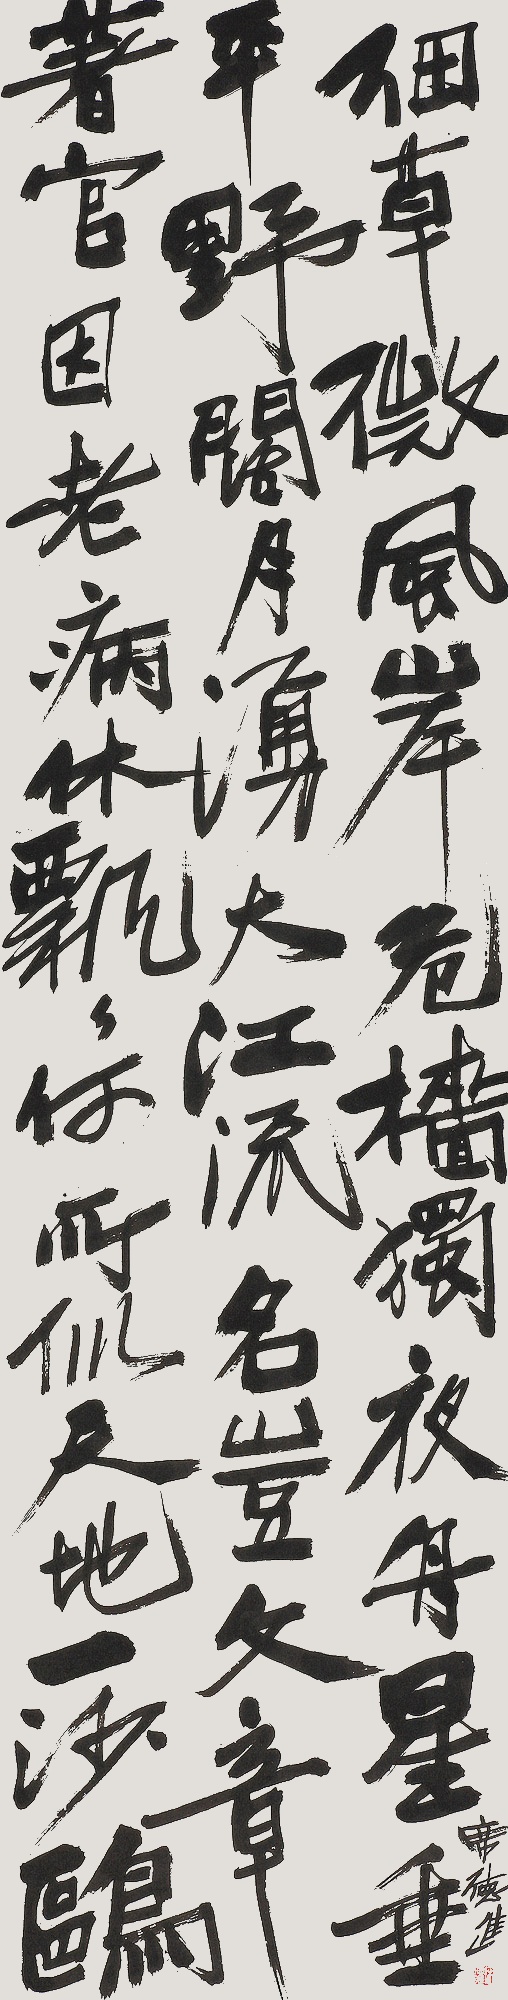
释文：细草微风岸，危樯独夜舟。星垂平野阔，月涌大江流。名岂文章着，官应老病休。飘飘何所似，天地一沙鸥。席德进。